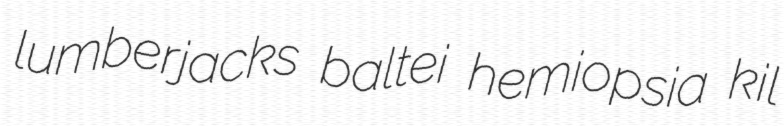
lumberjacks baltei hemiopsia kil